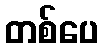
တစ်ပေ